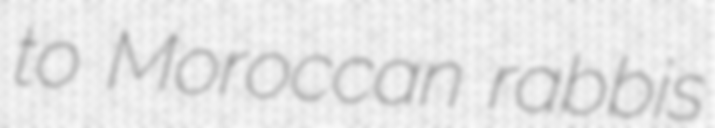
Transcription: to Moroccan rabbis